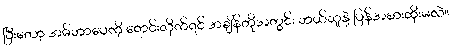
ပြီးတော့ အမ်ဘာပေကို ရောင်းလိုက်ရင် အချိန်တိုအတွင်း ဘယ်သူနဲ့ ပြန်အစားထိုးမလဲ။